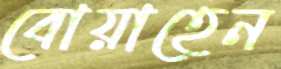
বোয়াহেন